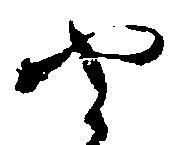
や